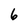
Character: 6